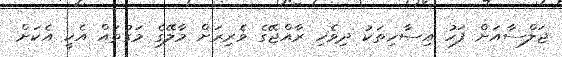
ޖަލްސާއަށް ފަހު އިސާހިތަކު ދިވެހި ރާއްޖޭގެ ވެރިރަށް މާލޭގެ މަގުތައް އެކީ އެކަށް